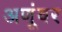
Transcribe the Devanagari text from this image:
अणूंवर